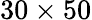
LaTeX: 30\times 50